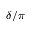
\delta / \pi